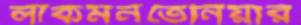
লাকমনতেনিয়ার